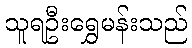
သူရဦးရွှေမန်းသည်